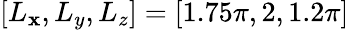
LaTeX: [L_{\mathbf{x}},L_{y},L_{z}]=[1.75\pi,2,1.2\pi]